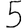
Digit: 5